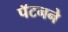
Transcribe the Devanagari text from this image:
पॅटनने